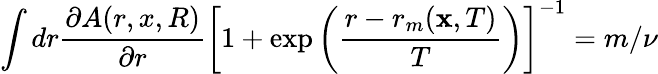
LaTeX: \int dr\frac{\partial A(r,x,R)}{\partial r}\left[1+\exp\left(\frac{r-r_{m}(\mathbf x,T)}{T}\right)\right]^{-1}=m/\nu